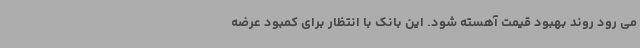
می رود روند بهبود قیمت آهسته شود. این بانک با انتظار برای کمبود عرضه